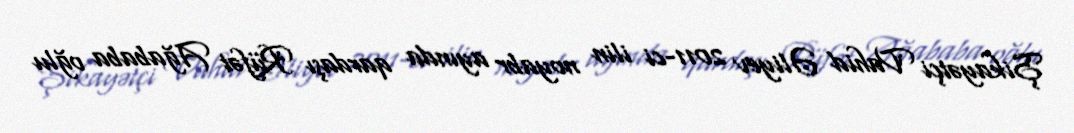
Şikayətçi Vahid Əliyev 2011-ci ilin noyabr ayında qardaşı Rüfət Ağababa oğlu